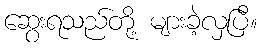
ဆွေးရသည်တို့ များခဲ့လှပြီ။